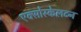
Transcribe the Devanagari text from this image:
एक्सोस्केलटन